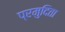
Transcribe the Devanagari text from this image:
प्रमुदिता